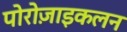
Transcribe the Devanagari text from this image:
पोरोज़ाइकलन